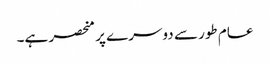
عام طور سے دوسرے پر منحصر ہے۔